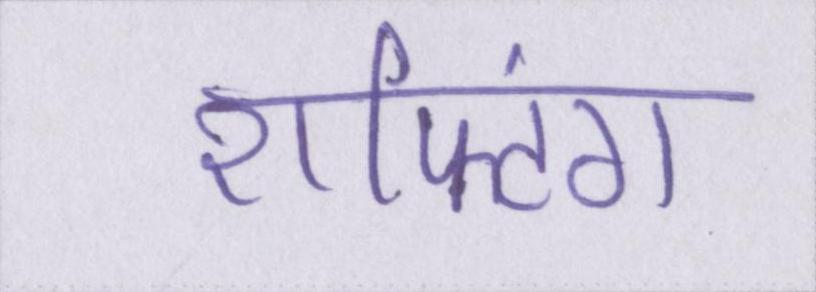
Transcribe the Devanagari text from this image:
राफ्टिंग